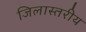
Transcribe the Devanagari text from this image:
जिलास्तरीय